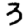
Digit: 3